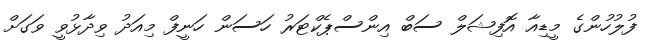
ފުލުހުންގެ މީޑިއާ އޮފިޝަލް ސަބް އިންސްޕެކްޓަރު ހަސަން ހަނީފް މިއަދު ވިދާޅުވީ ވަގަށް